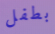
بطفل